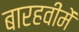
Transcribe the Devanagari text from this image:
बारहवींमें